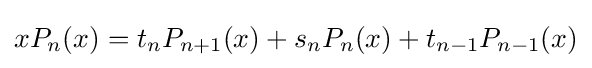
xP_{n}(x)=t_{n}P_{n+1}(x)+s_{n}P_{n}(x)+t_{n-1}P_{n-1}(x)